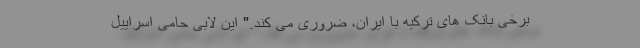
برخی بانک های ترکیه با ایران، ضروری می کند." این لابی حامی اسراییل